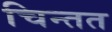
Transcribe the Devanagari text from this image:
चिन्तत